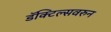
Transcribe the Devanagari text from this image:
डॅक्टिल्सवरुन